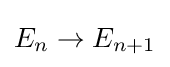
E_{n}\to E_{n+1}